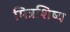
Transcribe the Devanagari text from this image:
मित्रशिष्य